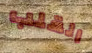
القلب